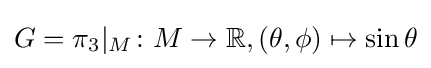
G=\pi _{3}|_{M}\colon M\to {\mathbb {R} },(\theta ,\phi )\mapsto \sin \theta